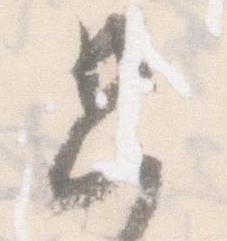
只